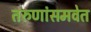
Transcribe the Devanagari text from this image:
तरुणांसमवेत